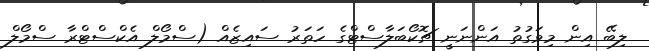
ލިބޭ އިން މިވަގުތު އަންނަނީ ޗޮކޯބަލާސްޓްގެ ހަތަރު ސައިޒެއް (ސްމޯލް އެކްސްޓްރާ ސްމޯލް